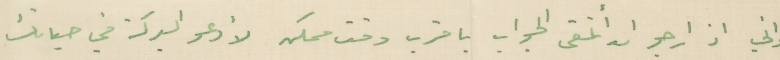
واني اذ ارجو ان أتلقى الجواب باقرب وقت ممكن لأدعو البركة في حياتك